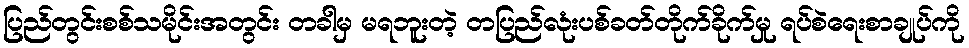
ပြည်တွင်းစစ်သမိုင်းအတွင်း တခါမှ မရဘူးတဲ့ တပြည်လုံးပစ်ခတ်တိုက်ခိုက်မှု ရပ်စဲရေးစာချုပ်ကို